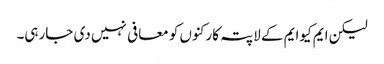
لیکن ایم کیوایم کے لاپتہ کارکنوں کو معافی نہیں دی جارہی۔